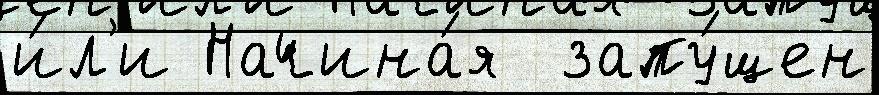
и́л'и Начина́я  запу́щен